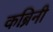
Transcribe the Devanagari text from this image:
कब्रिनी